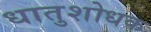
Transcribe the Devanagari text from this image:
धातुशोधक